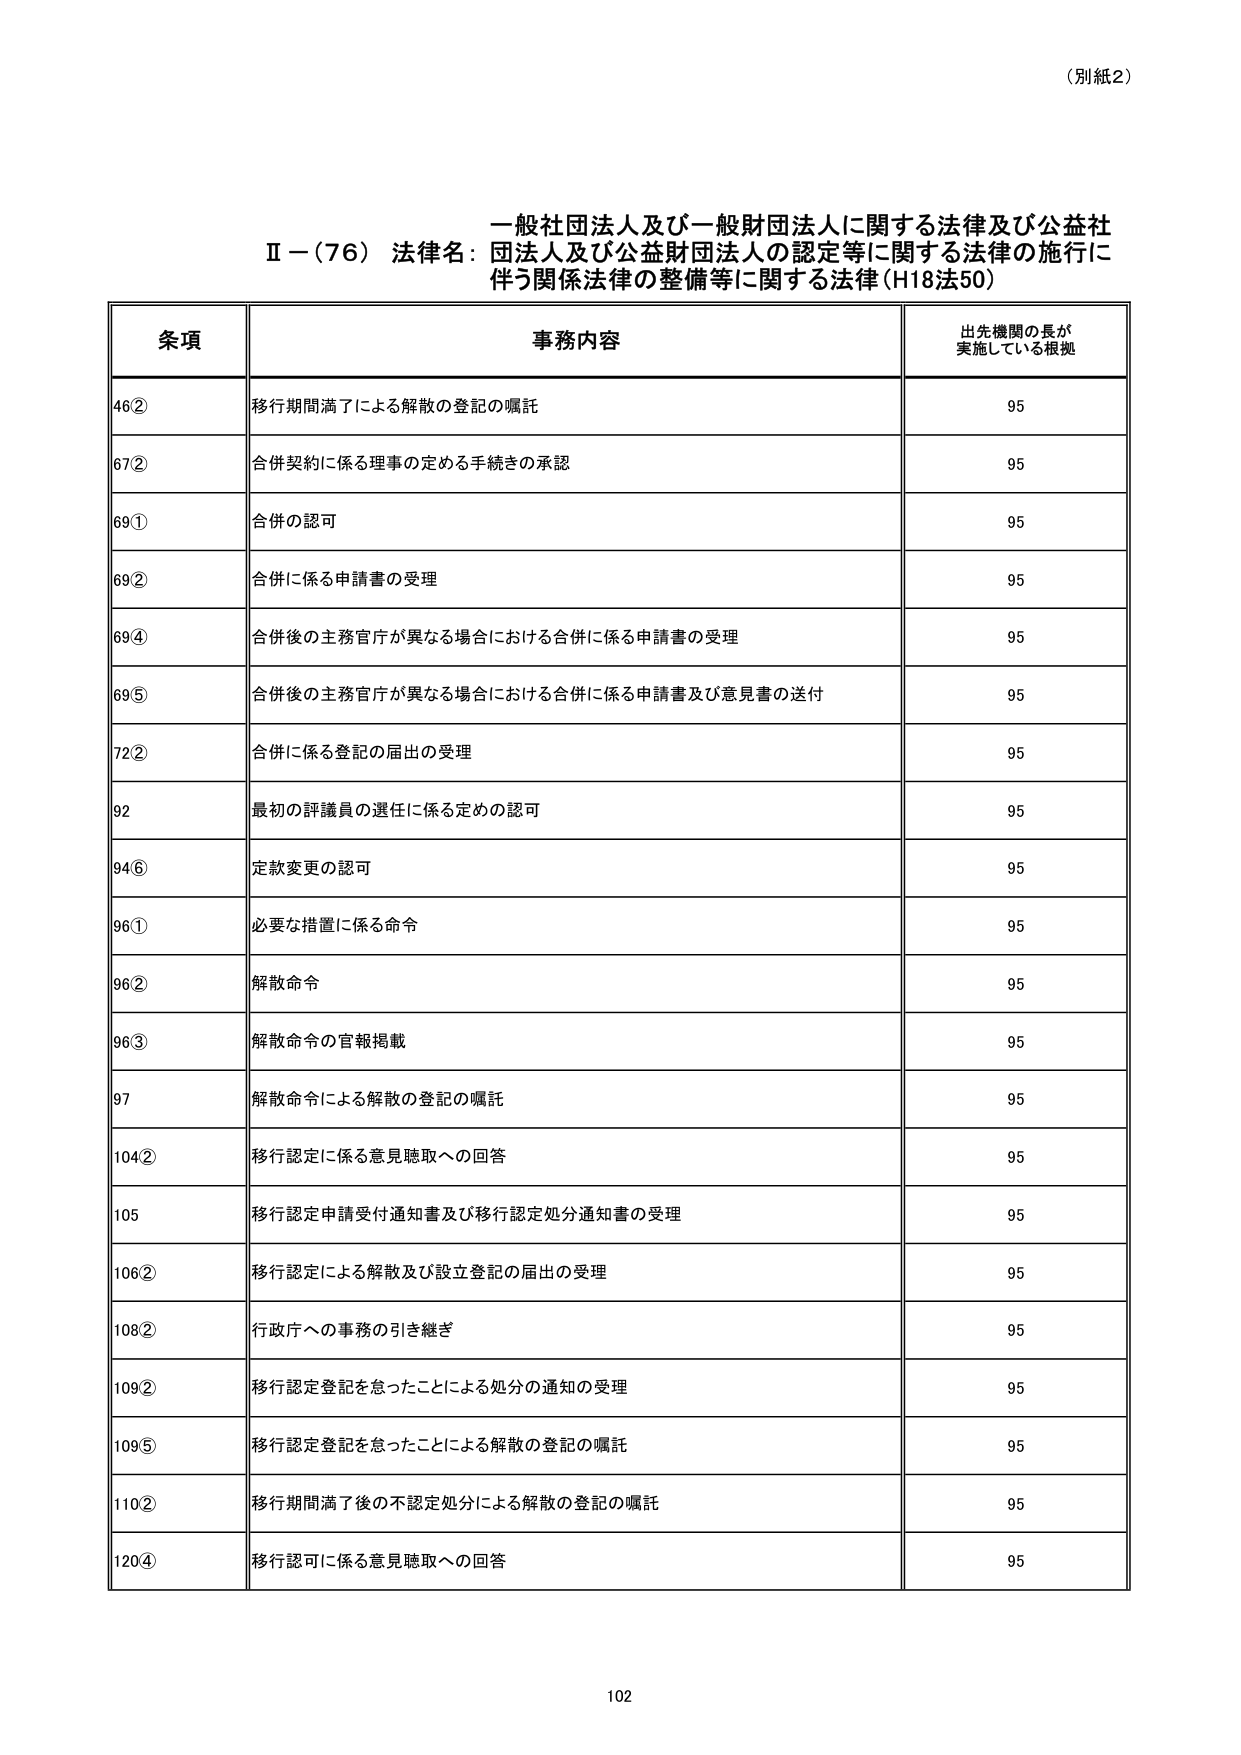
（別紙2）

一般社団法人及び一般財団法人に関する法律及び公益社
Ⅱ－（76） 法律名：団法人及び公益財団法人の認定等に関する法律の施行に
伴う関係法律の整備等に関する法律（H18法50）

条項 事務内容 出先機関の長が
実施している根拠

46② 移行期間満了による解散の登記の嘱託 95
67② 合併契約に係る理事の定める手続きの承認 95
69① 合併の認可 95
69② 合併に係る申請書の受理 95
69④ 合併後の主務官庁が異なる場合における合併に係る申請書の受理 95
69⑤ 合併後の主務官庁が異なる場合における合併に係る申請書及び意見書の送付 95
72② 合併に係る登記の届出の受理 95
92 最初の評議員の選任に係る定めの認可 95
94⑥ 定款変更の認可 95
96① 必要な措置に係る命令 95
96② 解散命令 95
96③ 解散命令の官報掲載 95
97 解散命令による解散の登記の嘱託 95
104② 移行認定に係る意見聴取への回答 95
105 移行認定申請受付通知書及び移行認定処分通知書の受理 95
106② 移行認定による解散及び設立登記の届出の受理 95
108② 行政庁への事務の引き継ぎ 95
109② 移行認定登記を怠ったことによる処分の通知の受理 95
109⑤ 移行認定登記を怠ったことによる解散の登記の嘱託 95
110② 移行期間満了後の不認定処分による解散の登記の嘱託 95
120④ 移行認可に係る意見聴取への回答 95

102